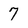
Character: 7